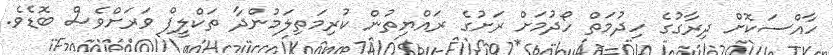
ހާއްސަކޮށް ދިރާގުގެ ހިދުމަތް ހޯދުމަށް ރަށުގެ ރައްޔިތުން ކުރިމަތިލަމުންދާ ތަކްލީފް ވަރަށްވެސް ބޮޑެވެ.